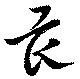
畏